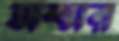
অশ্মর